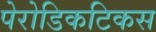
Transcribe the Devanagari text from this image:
पेरोडिकटिकस